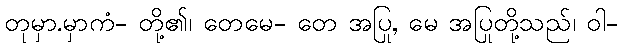
တုမှာ.မှာကံ- တို့၏၊ တေမေ- တေ အပြု, မေ အပြုတို့သည်၊ ဝါ-